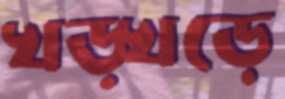
খড়্‌খড়ে